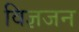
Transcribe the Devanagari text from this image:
विज्ञजन